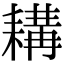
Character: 耩